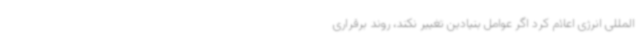
المللی انرژی اعلام کرد اگر عوامل بنیادین تغییر نکند، روند برقراری